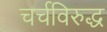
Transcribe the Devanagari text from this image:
चर्चविरुद्ध